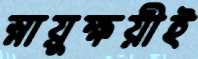
স্নায়ুক্ষয়ীই